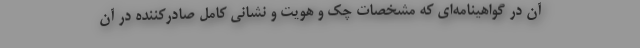
آن در گواهینامه‌ای که مشخصات چک و هویت و نشانی کامل صادرکننده در آن